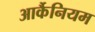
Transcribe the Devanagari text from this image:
आर्कैनियम